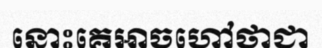
នោះគេអាចហៅថាជា